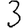
Digit: 3